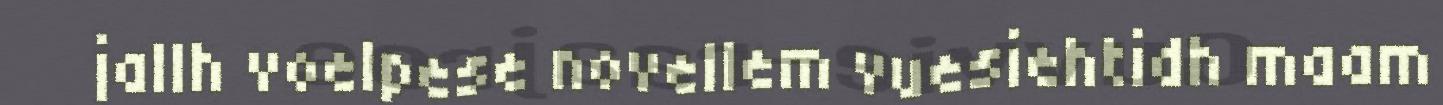
jallh voelpese novellem vuesiehtidh maam